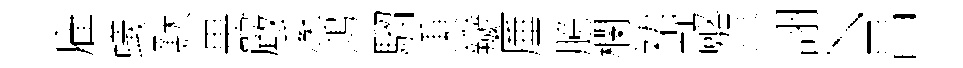
雇蟻默畏嚴溪鴻騮秉瓣厜臆欄裙敲賀詡丶昌